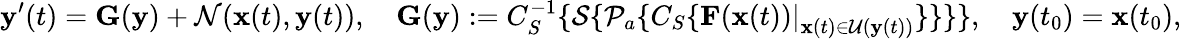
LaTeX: \mathbf{y}^{\prime}(t)=\mathbf{G}(\mathbf{y})+\mathcal{N}(\mathbf{x}(t),\mathbf{y}(t)),\quad\mathbf{G}(\mathbf{y}):=C_{S}^{-1}\{ \mathcal{S}\{ \mathcal{P}_{a}\{ C_{S}\{ \left.\mathbf{F}(\mathbf{x}(t))\right|_{\mathbf{x}(t)\in\mathcal{U}(\mathbf{y}(t))}\} \} \} \} ,\quad\mathbf{y}(t_{0})=\mathbf{x}(t_{0}),